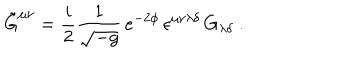
\tilde { G } ^ { \mu \nu } = { \frac { i } { 2 } } \frac { 1 } { \sqrt { - g } } \, e ^ { - 2 \phi } \, \epsilon ^ { \mu \nu \lambda \delta } \, G _ { \lambda \delta } \ .